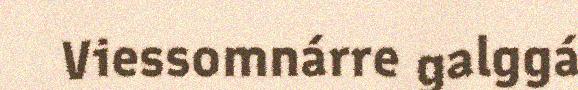
Viessomnárre galggá